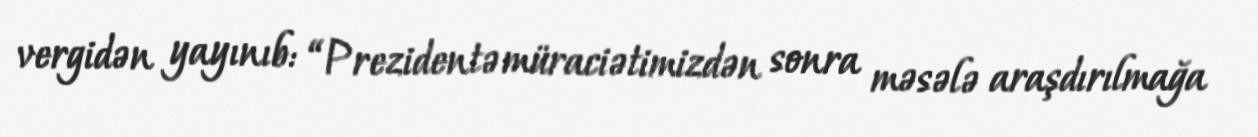
vergidən yayınıb: “Prezidentə müraciətimizdən sonra məsələ araşdırılmağa